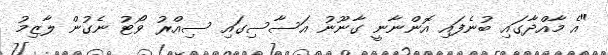
"އެ މާއްދާގައި ބުނެފައި އޮންނާނީ ގާނޫނު އަސާސިގައި ސިއްރު ވޯޓު ނެގުން ލާޒިމު